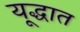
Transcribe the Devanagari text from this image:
यूद्धात